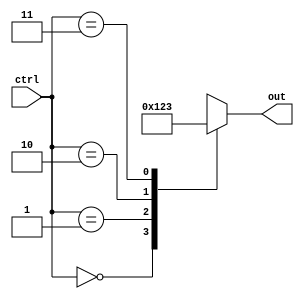
module full_case_example (
    input [1:0] ctrl,
    output reg [3:0] out
);

always @(*) begin
    case(ctrl)
        2'b00: out = 4'b0000;
        2'b01: out = 4'b0001;
        2'b10: out = 4'b0010;
        2'b11: out = 4'b0011;
        default: out = 4'bxxxx;
    endcase
end

endmodule